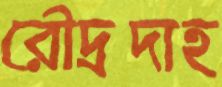
রৌদ্রদাহ